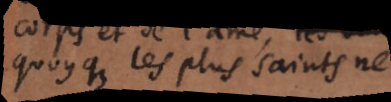
quoyque les plus saints ne